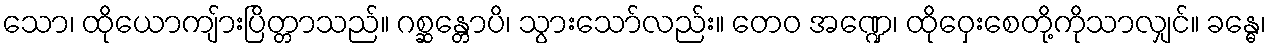
သော၊ ထိုယောကျ်ားပြိတ္တာသည်။ ဂစ္ဆန္တောပိ၊ သွားသော်လည်း။ တေဝ အဏ္ဍေ၊ ထိုဝှေးစေတို့ကိုသာလျှင်။ ခန္ဓေ၊